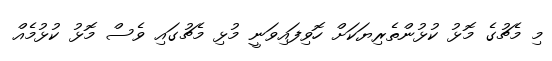
މި މެޗުގެ މޮޅު ކުޅުންތެރިޔަކަށް ހޮވިފައިވަނީ މުޅި މެޗުގައި ވެސް މޮޅު ކުޅުމެއް